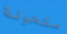
متحولة